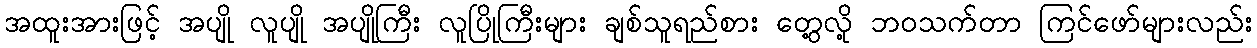
အထူးအားဖြင့် အပျို လူပျို အပျိုကြီး လူပြိုကြီးများ ချစ်သူရည်စား တွေ့လို့ ဘဝသက်တာ ကြင်ဖော်များလည်း